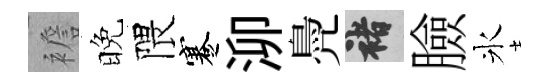
襜晚隈蹇泖鳧褚臉氷